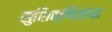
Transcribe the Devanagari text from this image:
सुशिक्षितांचा